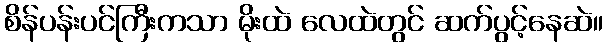
စိန်ပန်းပင်ကြီးကသာ မိုးထဲ လေထဲတွင် ဆက်ပွင့်နေဆဲ။